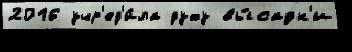
2016 учр'ед'и́ла духу вы́садк'и